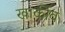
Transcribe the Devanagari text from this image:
खार्कीव